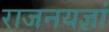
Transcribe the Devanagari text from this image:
राजनयज्ञां